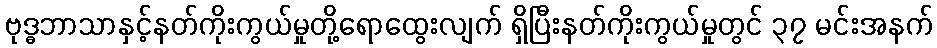
ဗုဒ္ဓဘာသာနှင့်နတ်ကိုးကွယ်မှုတို့ရောထွေးလျက် ရှိပြီးနတ်ကိုးကွယ်မှုတွင် ၃၇ မင်းအနက်